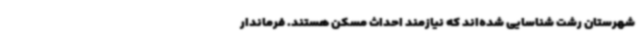
شهرستان رشت شناسایی شده‌اند که نیازمند احداث مسکن هستند. فرماندار